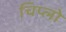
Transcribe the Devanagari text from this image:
चिप्लो